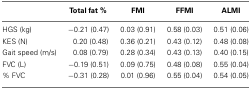
|  | Total fat % | FMI | FFMI | ALMI |
 | --- | --- | --- | --- | --- |
 | HGS (kg) | −0.21 (0.47) | 0.03 (0.91) | 0.58 (0.03) | 0.51 (0.06) |
 | KES (N) | 0.20 (0.48) | 0.36 (0.21) | 0.43 (0.12) | 0.48 (0.08) |
 | Gait speed (m/s) | 0.08 (0.79) | 0.28 (0.34) | 0.43 (0.13) | 0.40 (0.15) |
 | FVC (L) | −0.19 (0.51) | 0.09 (0.75) | 0.48 (0.08) | 0.55 (0.04) |
 | % FVC | −0.31 (0.28) | 0.01 (0.96) | 0.55 (0.04) | 0.54 (0.05) |